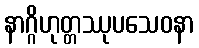
နာဂ္ဂိဟုတ္တဿုပသေဝနာ